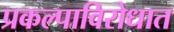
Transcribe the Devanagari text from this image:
प्रकल्पाविरोधात